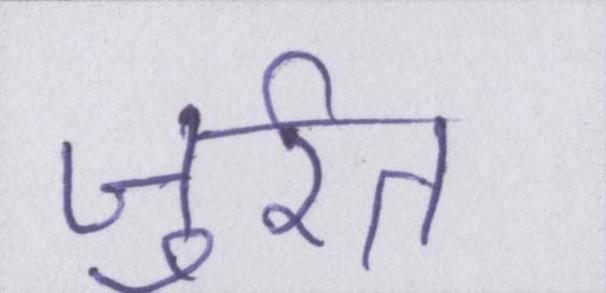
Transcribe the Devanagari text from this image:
जुर्रत